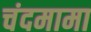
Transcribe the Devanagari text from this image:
चंदमामा